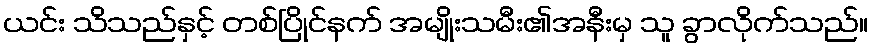
ယင်း သိသည်နှင့် တစ်ပြိုင်နက် အမျိုးသမီး၏အနီးမှ သူ ခွာလိုက်သည်။